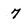
Character: 7